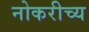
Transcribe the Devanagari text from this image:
नोकरीच्य